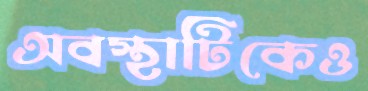
অবস্থাটিকেও